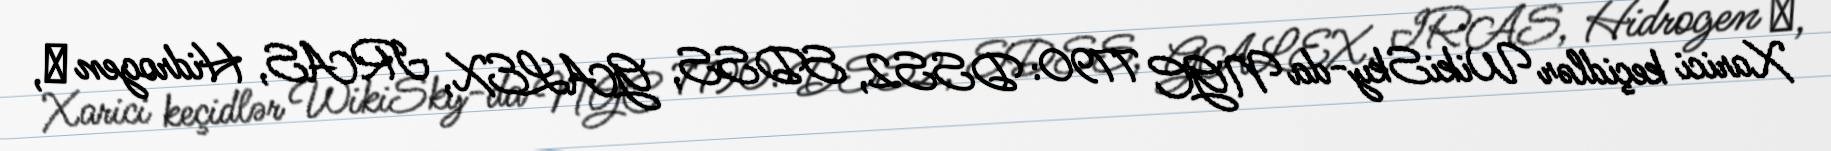
Xarici keçidlər WikiSky-da NGC 7790: DSS2, SDSS, GALEX, IRAS, Hidrogen α,